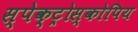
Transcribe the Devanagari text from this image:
स्पेक्ट्रोस्कोपिय